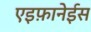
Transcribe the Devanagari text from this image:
एइफ़ानेईस